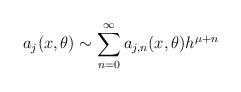
LaTeX: \begin{align*}a_j(x,\theta) \sim \sum_{n = 0}^\infty a_{j,n}(x,\theta) h^{\mu + n} \end{align*}